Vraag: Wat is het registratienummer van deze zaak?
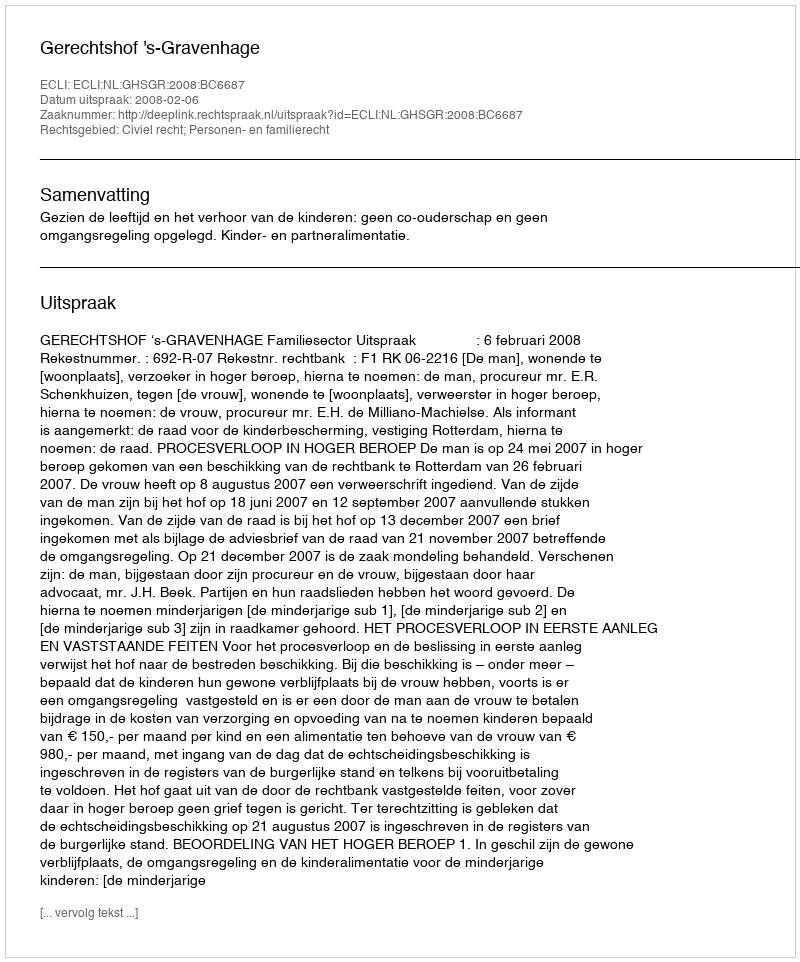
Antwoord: http://deeplink.rechtspraak.nl/uitspraak?id=ECLI:NL:GHSGR:2008:BC6687